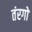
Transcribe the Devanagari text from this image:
तंरगो